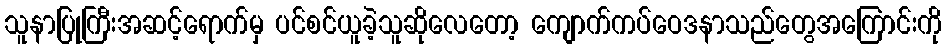
သူနာပြုကြီးအဆင့်ရောက်မှ ပင်စင်ယူခဲ့သူဆိုလေတော့ ကျောက်ကပ်ဝေဒနာသည်တွေအကြောင်းကို